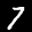
Label: 7